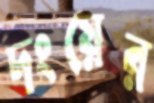
দংয়ের